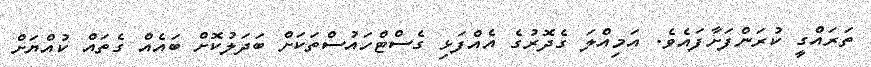
ތަރައްގީ ކުރަންފަށާފައެވެ. އަމިއްލަ ގެދޮރުގެ އެއްފަޅި ގެސްޓްހައުސްތަކަށް ބަދަލުކޮށް ބައެއް ގެތައް ކުއްޔަށް